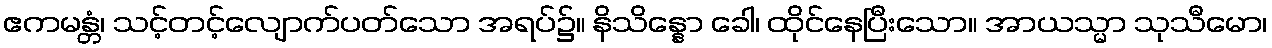
ဧကမန္တံ၊ သင့်တင့်လျောက်ပတ်သော အရပ်၌။ နိသိန္နော ခေါ၊ ထိုင်နေပြီးသော။ အာယသ္မာ သုသီမော၊